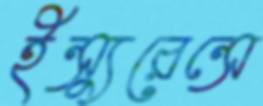
ইন্স্যুরেন্সে